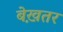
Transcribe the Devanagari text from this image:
बेख़तर